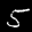
Label: 5